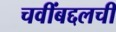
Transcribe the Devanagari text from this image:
चवींबद्दलची